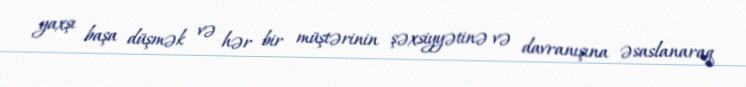
yaxşı başa düşmək və hər bir müştərinin şəxsiyyətinə və davranışına əsaslanaraq